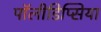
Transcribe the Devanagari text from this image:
पॉलीडिप्सिया